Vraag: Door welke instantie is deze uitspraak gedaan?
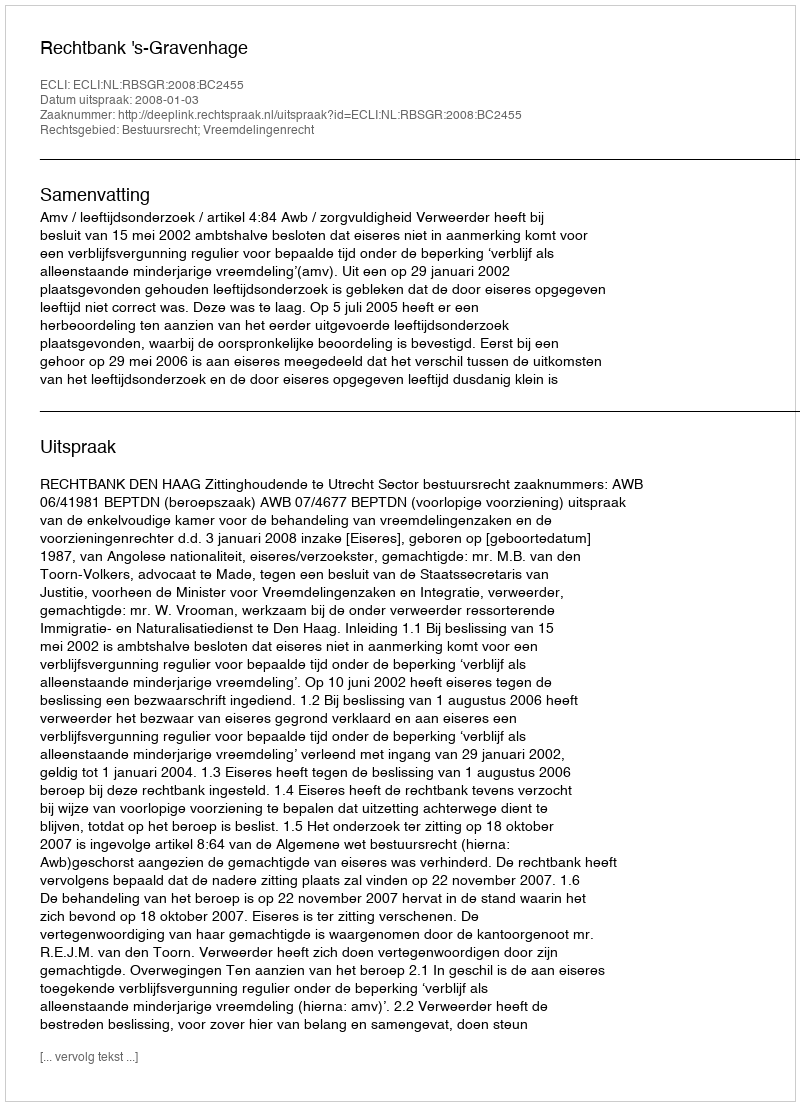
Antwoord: Rechtbank 's-Gravenhage